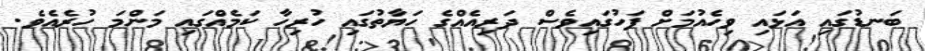
ބަނޑުގައި އަޅައި ވިހެއުމަށް ފަހުގައިވެސް ދަރިއެއްގެ ހަޔާތުގައި ހުރިހާ ކަމެއްގައި މަންމަ ހުރެއެވެ.